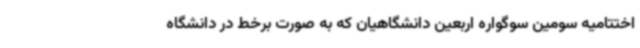
اختتامیه سومین سوگواره اربعین دانشگاهیان که به صورت برخط در دانشگاه